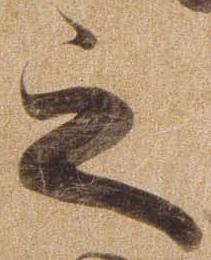
之